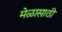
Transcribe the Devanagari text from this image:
मेळासाठी